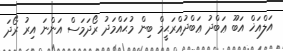
އަލްއަޚް އަބޫ ޢަބްދު ޢަބްދުއްރަޙީމް ބިން މުޙައްމަދު ރޯދަމަސް އަންނަ އިރު ރޯދަ